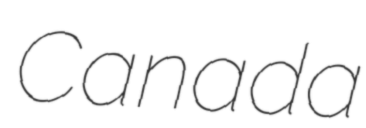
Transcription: Canada